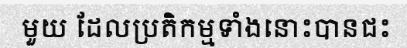
មួយ ដែលប្រតិកម្មទាំងនោះបានជះ